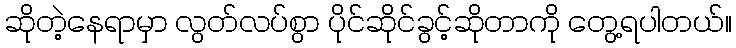
ဆိုတဲ့နေရာမှာ လွတ်လပ်စွာ ပိုင်ဆိုင်ခွင့်ဆိုတာကို တွေ့ရပါတယ်။